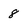
Character: 8